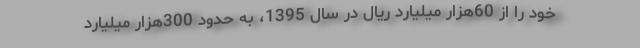
خود را از 60هزار میلیارد ریال در سال 1395، به حدود 300هزار میلیارد